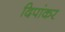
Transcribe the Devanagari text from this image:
दिपांकर